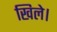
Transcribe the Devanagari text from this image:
खिले।